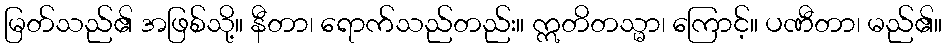
မြတ်သည်၏ အဖြစ်သို့။ နီတာ၊ ရောက်သည်တည်း။ ဣတိတသ္မာ၊ ကြောင့်။ ပဏီတာ၊ မည်၏။